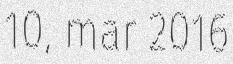
10, mar 2016